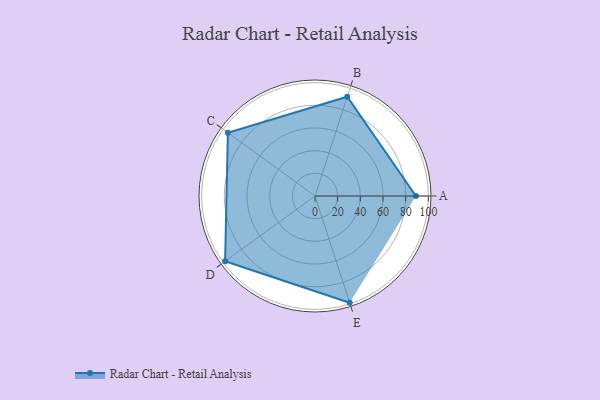
{"axis": {"x": "Skill", "y": "Score"}, "legend": ["Profile"], "data": [{"x": "A", "y": 89.0, "type": "Profile"}, {"x": "B", "y": 92.0, "type": "Profile"}, {"x": "C", "y": 95.0, "type": "Profile"}, {"x": "D", "y": 98.0, "type": "Profile"}, {"x": "E", "y": 99, "type": "Profile"}]}